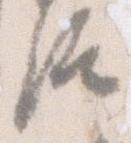
汰